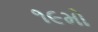
૧૯મો